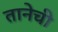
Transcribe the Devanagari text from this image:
तानेची